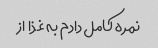
نمره کامل دادم به غذا  از